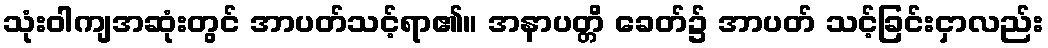
သုံးဝါကျအဆုံးတွင် အာပတ်သင့်ရာ၏။ အနာပတ္တိ ခေတ်၌ အာပတ် သင့်ခြင်းငှာလည်း